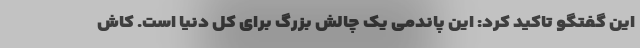
این گفتگو تاکید کرد: این پاندمی یک چالش بزرگ برای کل دنیا است. کاش